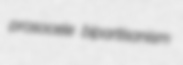
prosocele bipartisanism